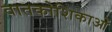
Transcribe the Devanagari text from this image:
वातकोशिकाओं